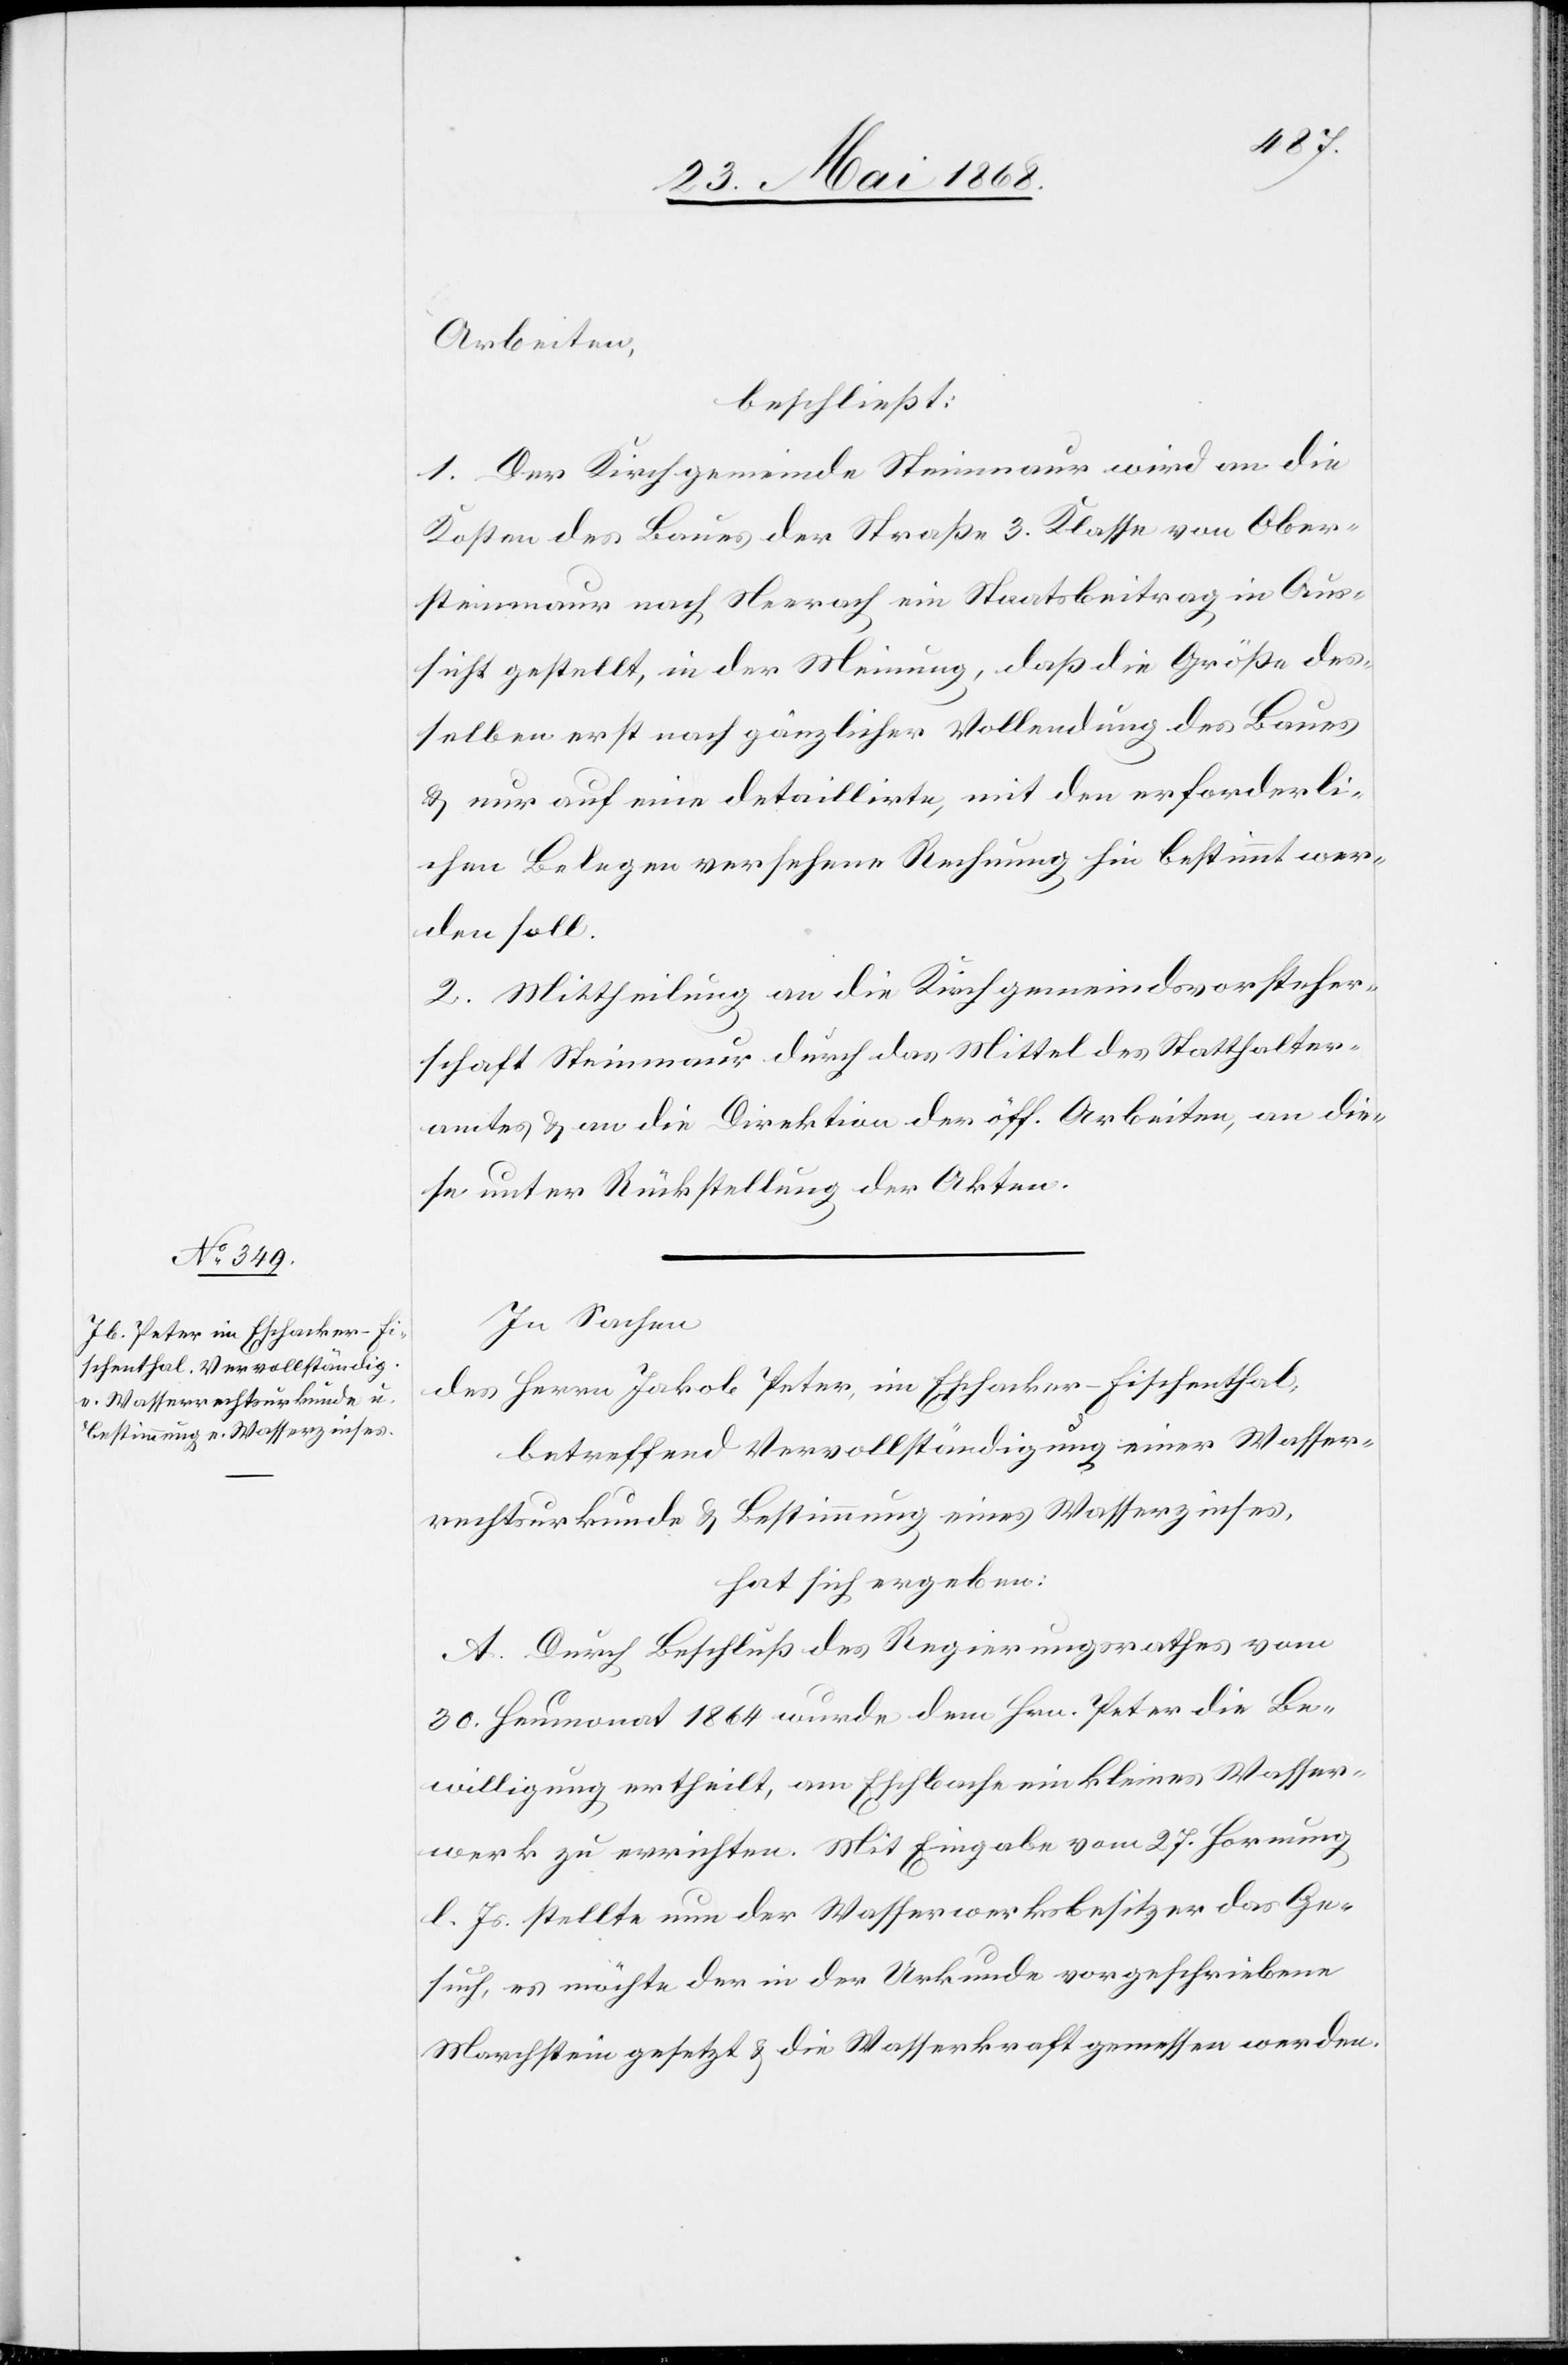
Arbeiten,
beschließt:
1. Der Kirchgemeinde Steinmaur wird an die
Kosten des Baues der Straße 3. Klasse von Ober¬
steinmaur nach Neerach ein Staatsbeitrag in Aus¬
sicht gestellt, in der Meinung, daß die Größe des¬
selben erst nach gänzlicher Vollendung des Baues
& nur auf eine detaillirte, mit den erforderli¬
chen Belegen versehene Rechnung hin bestimmt wer¬
den soll.
2. Mittheilung an die Kirchgemeindsvorsteher¬
schaft Steinmaur durch das Mittel des Statthalter¬
amtes & an die Direktion der öff. Arbeiten, an die¬
se unter Rückstellung der Akten.
In Sachen
des Herrn Jakob Peter, in Eschacker-Fischenthal,
betreffend Vervollständigung einer Wasser¬
rechtsurkunde & Bestimmung eines Wasserzinses,
hat sich ergeben:
A. Durch Beschluß des Regierungsrathes vom
30. Heumonat 1864 wurde dem Hrn. Peter die Be¬
willigung ertheilt, am Eschbache ein kleines Wasser¬
werk zu errichten. Mit Eingabe vom 27. Hornung
l. Js. stellte nun der Wasserwerksbesitzer das Ge¬
such, es möchte der in der Urkunde vorgeschriebene
Marchstein gesetzt & die Wasserkraft gemessen werden.